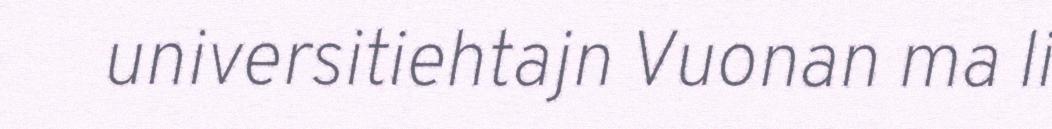
universitiehtajn Vuonan ma li